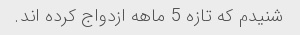
شنیدم که تازه 5 ماهه ازدواج کرده اند.